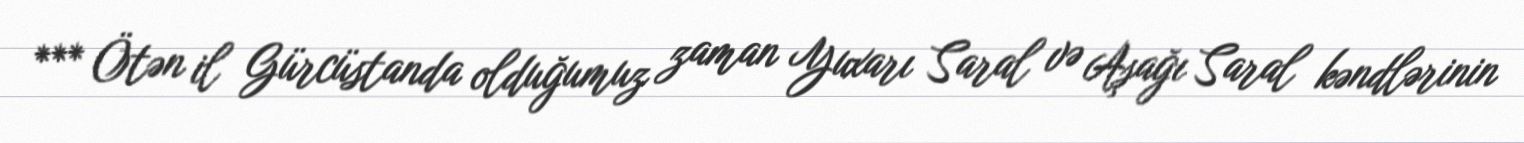
*** Ötən il Gürcüstanda olduğumuz zaman Yuxarı Saral və Aşağı Saral kəndlərinin